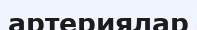
артериялар